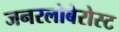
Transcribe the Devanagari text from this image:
जनरलोबेरोस्ट